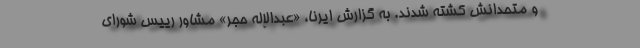
و متحدانش کشته شدند. به گزارش ایرنا، «عبدالإله حجر» مشاور رییس شورای